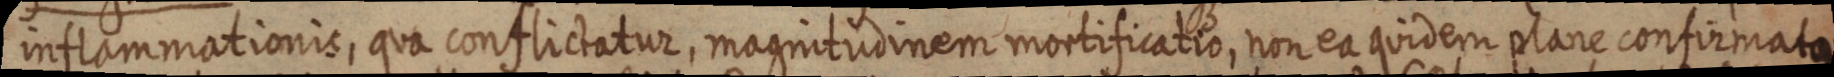
inframmationis, qua conflictatur, magnitudinem mortificatio, non ea quidem plane confirmata